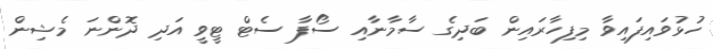
ހުޅުވައިފައިވާ މިފިހާރައިން ބަދިގެ ސާމާނާއި ސޯފާ ސެޓް ޓީވީ އަދި ދޮންނަ މެޝިން